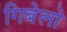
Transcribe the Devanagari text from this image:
गिबेलो